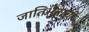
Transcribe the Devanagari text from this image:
जातिभेदाची